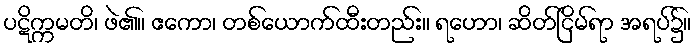
ပဋိက္ကမတိ၊ ဖဲ၏။ ဧကော၊ တစ်ယောက်ထီးတည်း။ ရဟော၊ ဆိတ်ငြိမ်ရာ အရပ်၌။